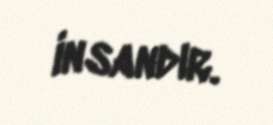
insandır.